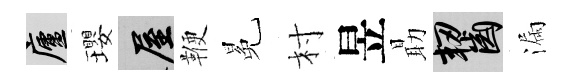
廬瓔屋鞭冕村昱朂齧漏